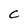
Character: C